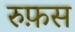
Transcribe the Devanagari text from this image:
रुफ़स